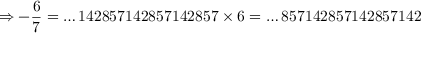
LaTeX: \Rightarrow - { \frac { 6 } { 7 } } = \dots 1 4 2 8 5 7 1 4 2 8 5 7 1 4 2 8 5 7 \times 6 = \dots 8 5 7 1 4 2 8 5 7 1 4 2 8 5 7 1 4 2